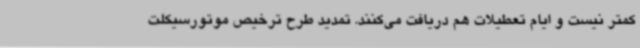
کمتر نیست و ایام تعطیلات هم دریافت می‌کنند. تمدید طرح ترخیص موتورسیکلت